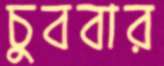
চুববার